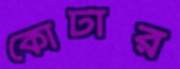
কোটার